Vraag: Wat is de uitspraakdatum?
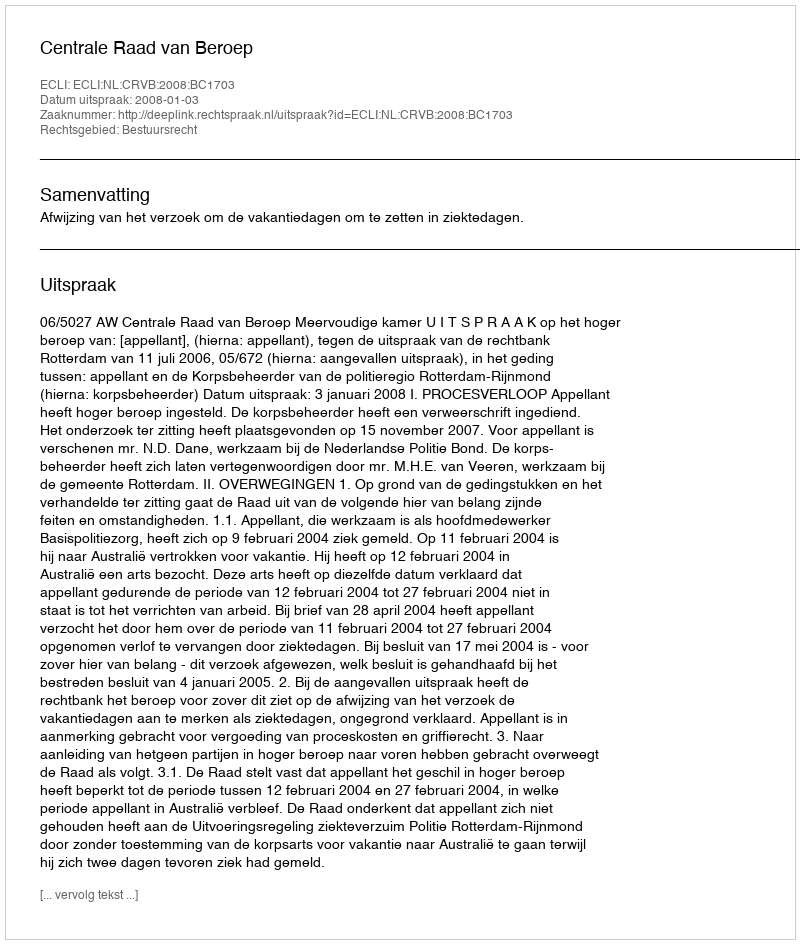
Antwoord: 2008-01-03